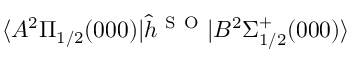
\langle A ^ { 2 } \Pi _ { 1 / 2 } ( 0 0 0 ) | \hat { h } ^ { \mathrm { ~ S ~ O ~ } } | B ^ { 2 } \Sigma _ { 1 / 2 } ^ { + } ( 0 0 0 ) \rangle